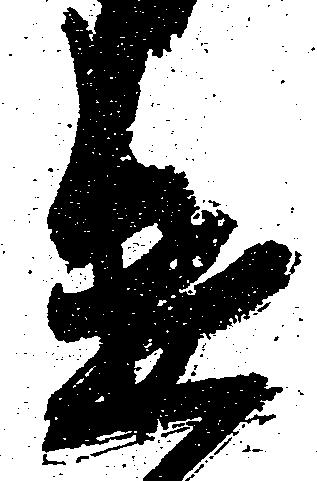
遣